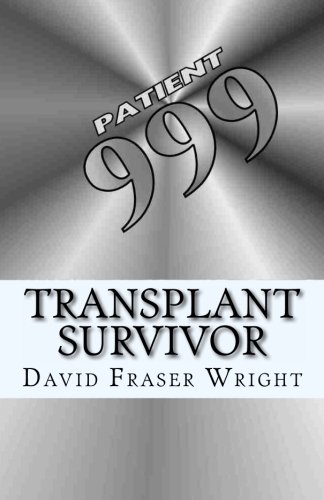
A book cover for Transplant Survivor: Now, That's Funny!; David Fraser Wright; Health, Fitness & Dieting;